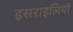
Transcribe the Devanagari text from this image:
इसराइलियों